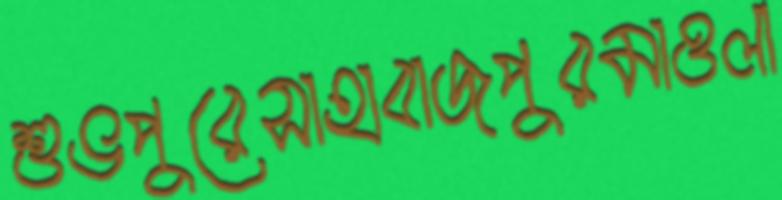
শুভপুরেসাহাবাজপুরমাওলা